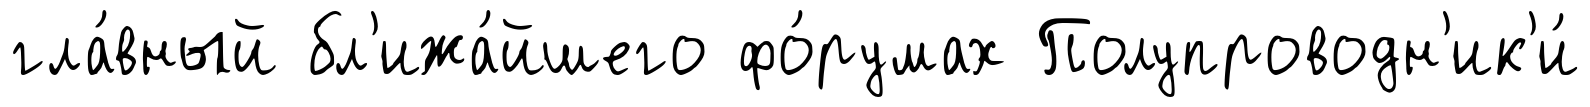
гла́вный бл'ижа́йшего фо́румах Полупроводн'ик'и́